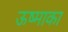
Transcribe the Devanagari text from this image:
ऊष्माका